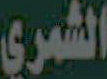
الشمري